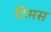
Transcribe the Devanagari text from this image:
टिमस